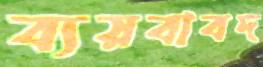
ব্যয়বাবদ